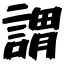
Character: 謂